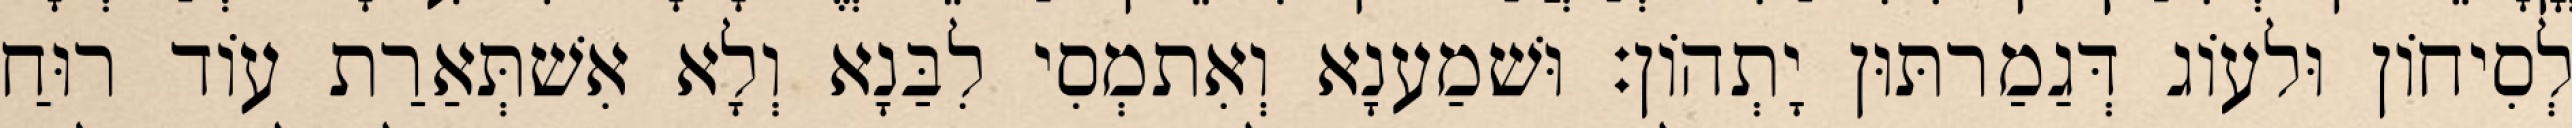
לְסִיחוֹן וּלעוֹג דְּגַמַרתּוּן יָתְהוֹן׃ וּשׁמַענָא וְאִתמְסִי לִבַּנָא וְלָא אִשׁתְּאַרַת עוֹד רוּחַ